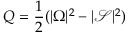
Q = \frac { 1 } { 2 } ( \lvert \Omega \rvert ^ { 2 } - \lvert \mathcal { S } \rvert ^ { 2 } )